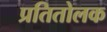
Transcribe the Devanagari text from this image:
प्रतितोलक